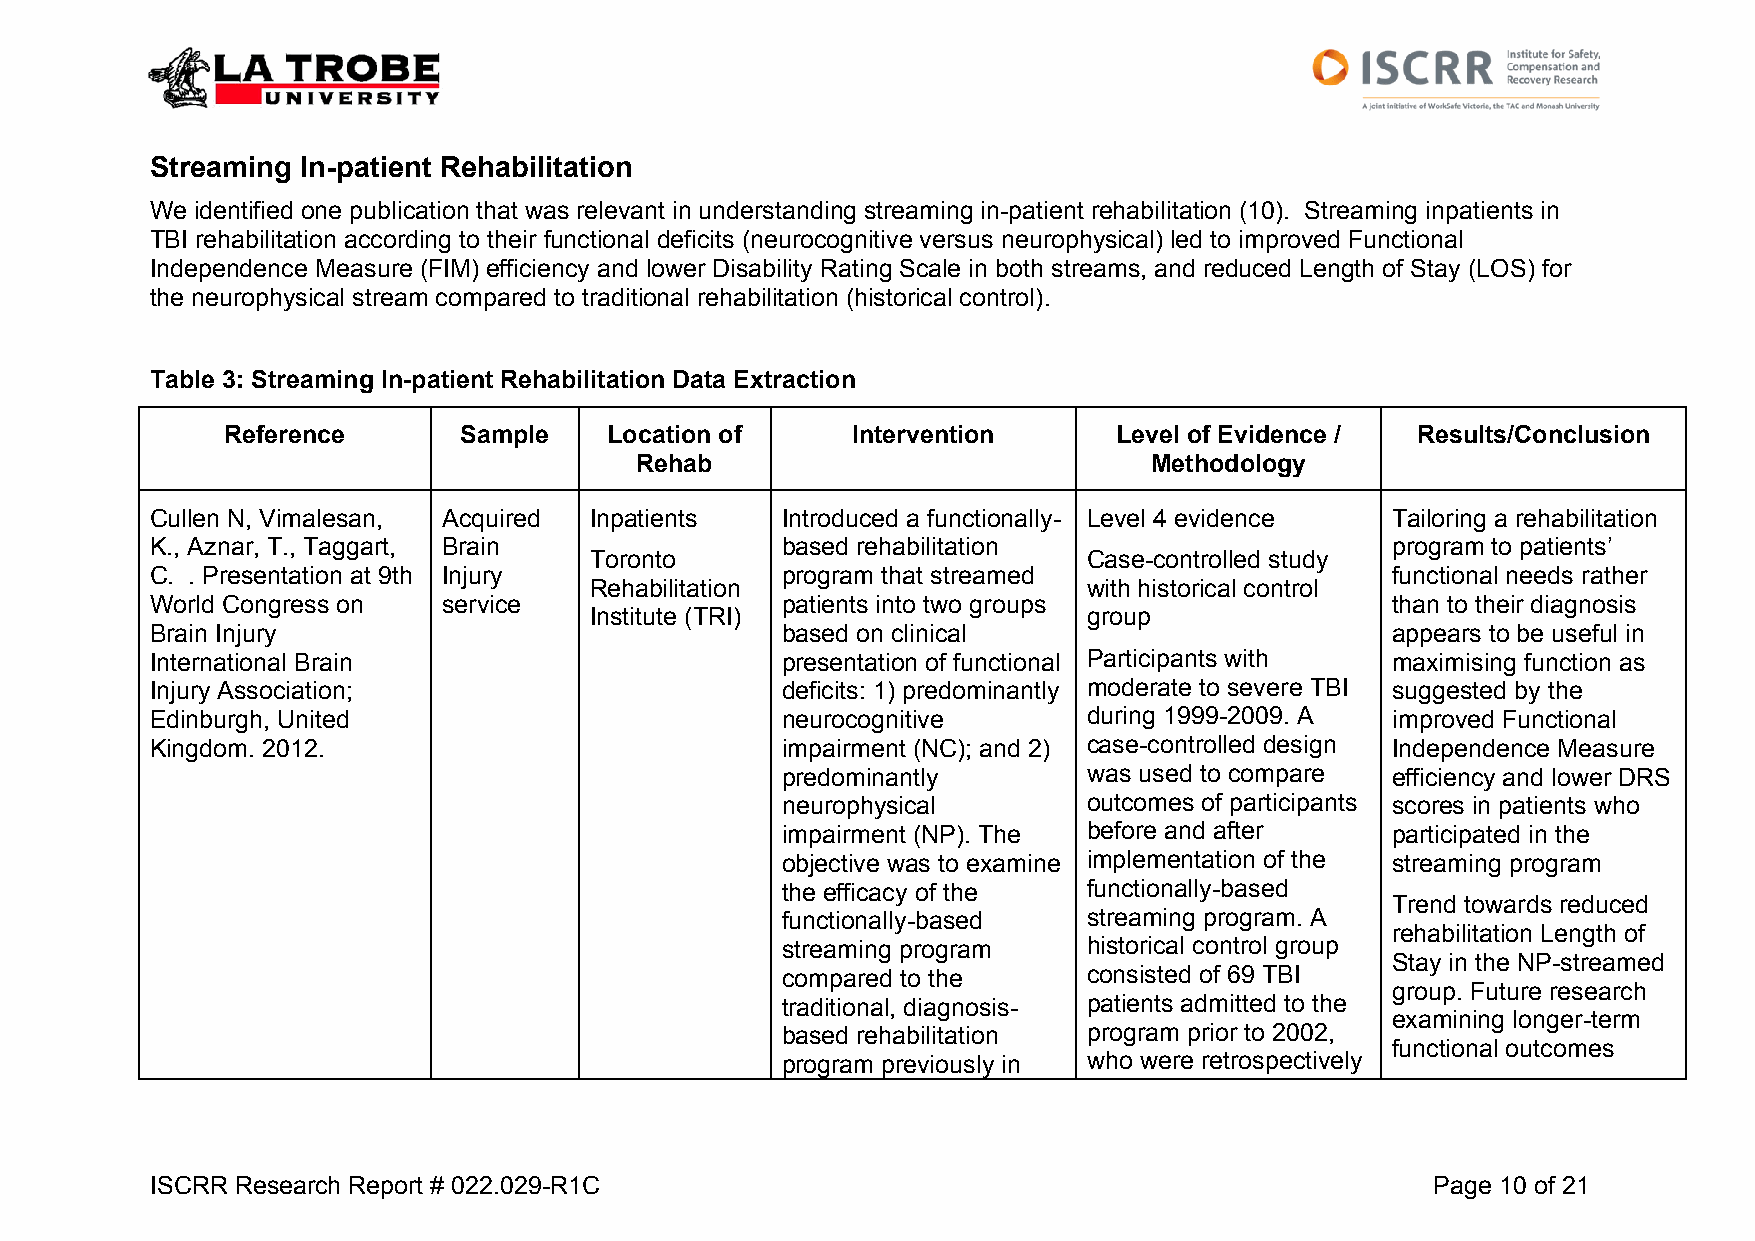
Streaming In-patient Rehabilitation
 We identified one publication that was relevant in understanding streaming in-patient rehabilitation (10). Streaming inpatients in
 TBI rehabilitation according to their functional deficits (neurocognitive versus neurophysical) led to improved Functional
 Independence Measure (FIM) efficiency and lower Disability Rating Scale in both streams, and reduced Length of Stay (LOS) for
 the neurophysical stream compared to traditional rehabilitation (historical control).
 Table 3: Streaming In-patient Rehabilitation Data Extraction
 Reference      Sample    Location of     Intervention      Level of Evidence / Results/Conclusion
 Rehab                             Methodology
 Cullen N, Vimalesan, Acquired Inpatients  Introduced a functionally- Level 4 evidence Tailoring a rehabilitation
 K., Aznar, T., Taggart, Brain             based rehabilitation                    program to patients’
 Toronto                          Case-controlled study
 C. . Presentation at 9th Injury           program that streamed                   functional needs rather
 Rehabilitation                   with historical control
 World Congress on  service                patients into two groups                than to their diagnosis
 Institute (TRI)                  group
 Brain Injury                              based on clinical                       appears to be useful in
 International Brain                       presentation of functional Participants with maximising function as
 Injury Association;                       deficits: 1) predominantly moderate to severe TBI suggested by the
 Edinburgh, United                         neurocognitive      during 1999-2009. A improved Functional
 Kingdom. 2012.                            impairment (NC); and 2) case-controlled design Independence Measure
 predominantly       was used to compare efficiency and lower DRS
 neurophysical       outcomes of participants scores in patients who
 impairment (NP). The before and after   participated in the
 objective was to examine implementation of the streaming program
 the efficacy of the functionally-based
 Trend towards reduced
 functionally-based  streaming program. A
 rehabilitation Length of
 streaming program   historical control group
 Stay in the NP-streamed
 compared to the     consisted of 69 TBI
 group. Future research
 traditional, diagnosis- patients admitted to the
 examining longer-term
 based rehabilitation program prior to 2002,
 functional outcomes
 program previously in who were retrospectively
 ISCRR Research Report # 022.029-R1C                                                  Page 10 of 21